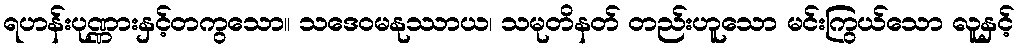
ရဟန်းပုဏ္ဏားနှင့်တကွသော။ သဒေဝမနုဿာယ၊ သမုတိနတ် တည်းဟူသော မင်းကြွယ်သော လူနှင့်